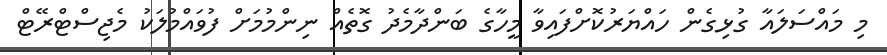
މި މައްސަލައާ ގުޅިގެން ހައްޔަރުކޮށްފައިވާ މީހާގެ ބަންދާމެދު ގޮތެއް ނިންމުމަށް ފުވައްމުލަކު މެޖިސްޓްރޭޓް